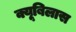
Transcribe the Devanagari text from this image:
क्यूबिलास